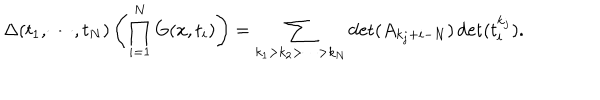
\Delta ( t _ { 1 } , \cdots , t _ { N } ) \left( \prod _ { i = 1 } ^ { N } G ( x , t _ { i } ) \right) = \sum _ { k _ { 1 } > k _ { 2 } > \cdots > k _ { N } } \det ( A _ { k _ { j } + i - N } ) \det ( t _ { i } ^ { k _ { j } } ) .